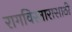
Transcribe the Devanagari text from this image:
रागविस्तारासाठी